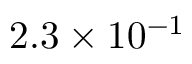
2 . 3 \times 1 0 ^ { - 1 }